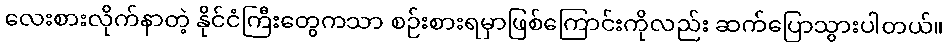
လေးစားလိုက်နာတဲ့ နိုင်ငံကြီးတွေကသာ စဉ်းစားရမှာဖြစ်ကြောင်းကိုလည်း ဆက်ပြောသွားပါတယ်။